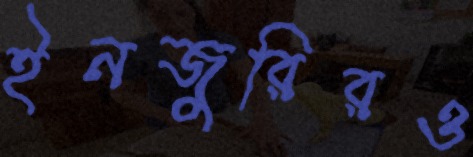
ইনজুরিরও